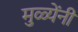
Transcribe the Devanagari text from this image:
मुळ्येंनी